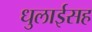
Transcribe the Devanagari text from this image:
धुलाईसह